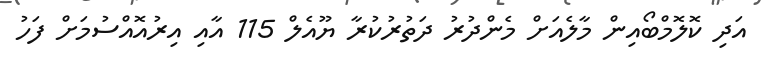
އަދި ކޮލޮމްބޯއިން މާލެއަށް މެންދުރު ދަތުރުކުރާ ޔޫއެލް 115 އާއި އިރުއޮއްސުމަށް ފަހު